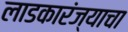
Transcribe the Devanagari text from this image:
लाडकारंज्याचा